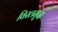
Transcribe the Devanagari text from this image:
विरलमृदा